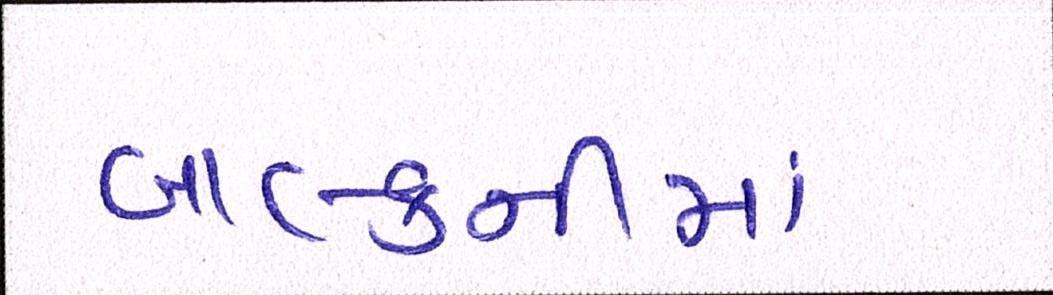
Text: બાલ્કનીમાં